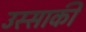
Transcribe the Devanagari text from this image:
उस्साकी